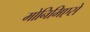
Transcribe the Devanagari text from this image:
मोनिमिएसे